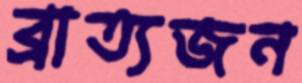
ব্রাত্যজন